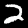
Digit: 2